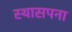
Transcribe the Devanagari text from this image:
स्थासपना